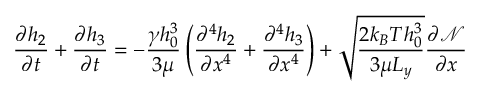
\frac { \partial h _ { 2 } } { \partial t } + \frac { \partial h _ { 3 } } { \partial t } = - \frac { \gamma h _ { 0 } ^ { 3 } } { 3 \mu } \left( \frac { \partial ^ { 4 } h _ { 2 } } { \partial x ^ { 4 } } + \frac { \partial ^ { 4 } h _ { 3 } } { \partial x ^ { 4 } } \right) + \sqrt { \frac { 2 k _ { B } T h _ { 0 } ^ { 3 } } { 3 \mu L _ { y } } } \frac { \partial \mathcal { N } } { \partial x }